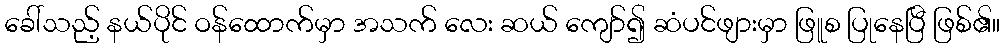
ခေါ်သည့် နယ်ပိုင် ဝန်ထောက်မှာ အသက် လေး ဆယ် ကျော်၍ ဆံပင်ဖျားမှာ ဖြူစ ပြုနေပြီ ဖြစ်၏။